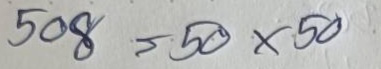
508 = 50x50